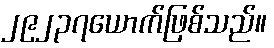
၂၉၂၃၇ယောက်ဖြစ်သည်။